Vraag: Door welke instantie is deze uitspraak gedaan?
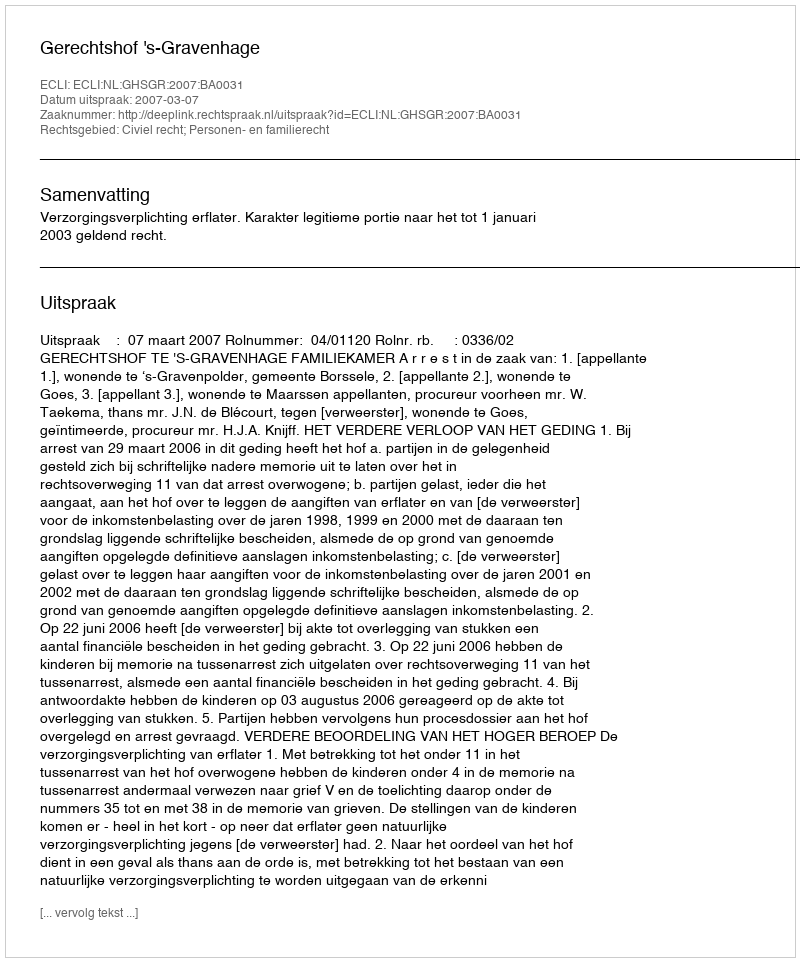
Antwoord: Gerechtshof 's-Gravenhage